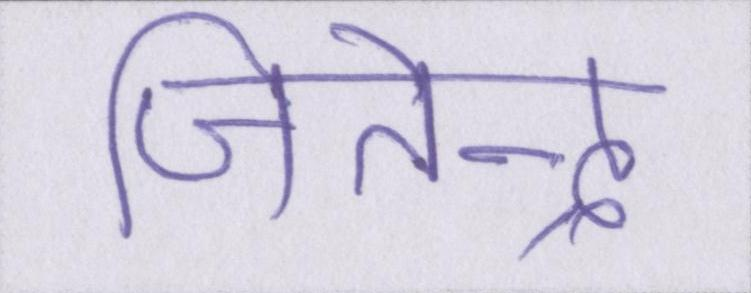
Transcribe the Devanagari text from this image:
जितेन्द्र